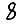
Digit: 8